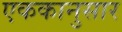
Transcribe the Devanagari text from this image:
एककानुसार